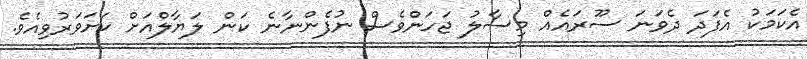
އެކަމަކު އެފަދަ ދެވަނަ ސޫރައެއް މިސާލު ޖަހަންވެސް ނުފެންނާނެ ކަން ލަޔާލްއަށް ކަށަވަރުވިއެވެ.